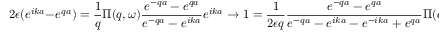
2 \epsilon ( e ^ { i k a } - e ^ { q a } ) = \frac { 1 } { q } \Pi ( q , \omega ) \frac { e ^ { - q a } - e ^ { q a } } { e ^ { - q a } - e ^ { i k a } } e ^ { i k a } \rightarrow 1 = \frac { 1 } { 2 \epsilon q } \frac { e ^ { - q a } - e ^ { q a } } { e ^ { - q a } - e ^ { i k a } - e ^ { - i k a } + e ^ { q a } } \Pi ( q , \omega )